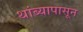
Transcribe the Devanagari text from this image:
थांब्यापासून